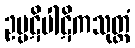
ဥပ္ပဋိပါဋိကသုတ္တံ